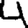
Digit: 4